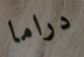
دراما